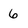
Character: 6